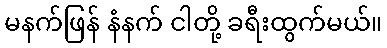
မနက်ဖြန် နံနက် ငါတို့ ခရီးထွက်မယ်။